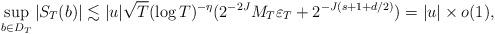
LaTeX: \begin{align*} \sup_{b\in D_T} |S_T(b)| \lesssim |u| \sqrt{T} (\log T)^{-\eta} (2^{-2J} M_T \varepsilon_T + 2^{-J(s+1+d/2)}) =|u| \times o(1),\end{align*}